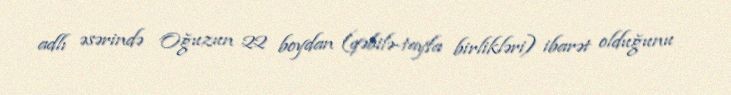
adlı əsərində Oğuzun 22 boydan (qəbilə-tayfa birlikləri) ibarət olduğunu